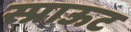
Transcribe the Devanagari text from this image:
स्प्राऊट